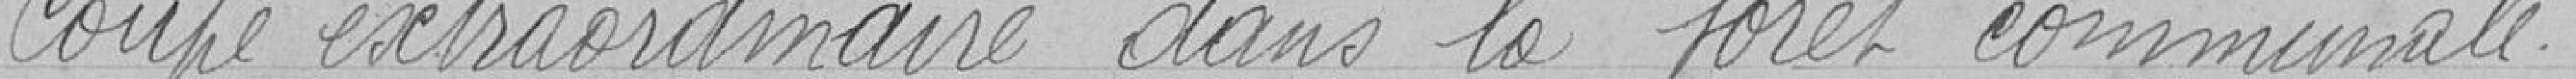
Coupe extraordinaire dans la forêt communale